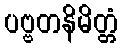
ပဗ္ဗတနိမိတ္တံ